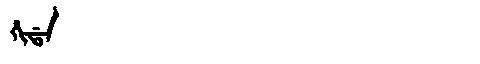
Manchu: ᡥᡳᡩᠠ
Romanization: HIDA